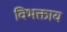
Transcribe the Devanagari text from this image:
विभक्ताय